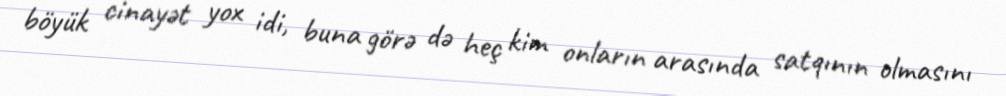
böyük cinayət yox idi, buna görə də heç kim onların arasında satqının olmasını